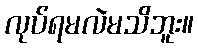
လုပ်ရမလဲမသိဘူး။